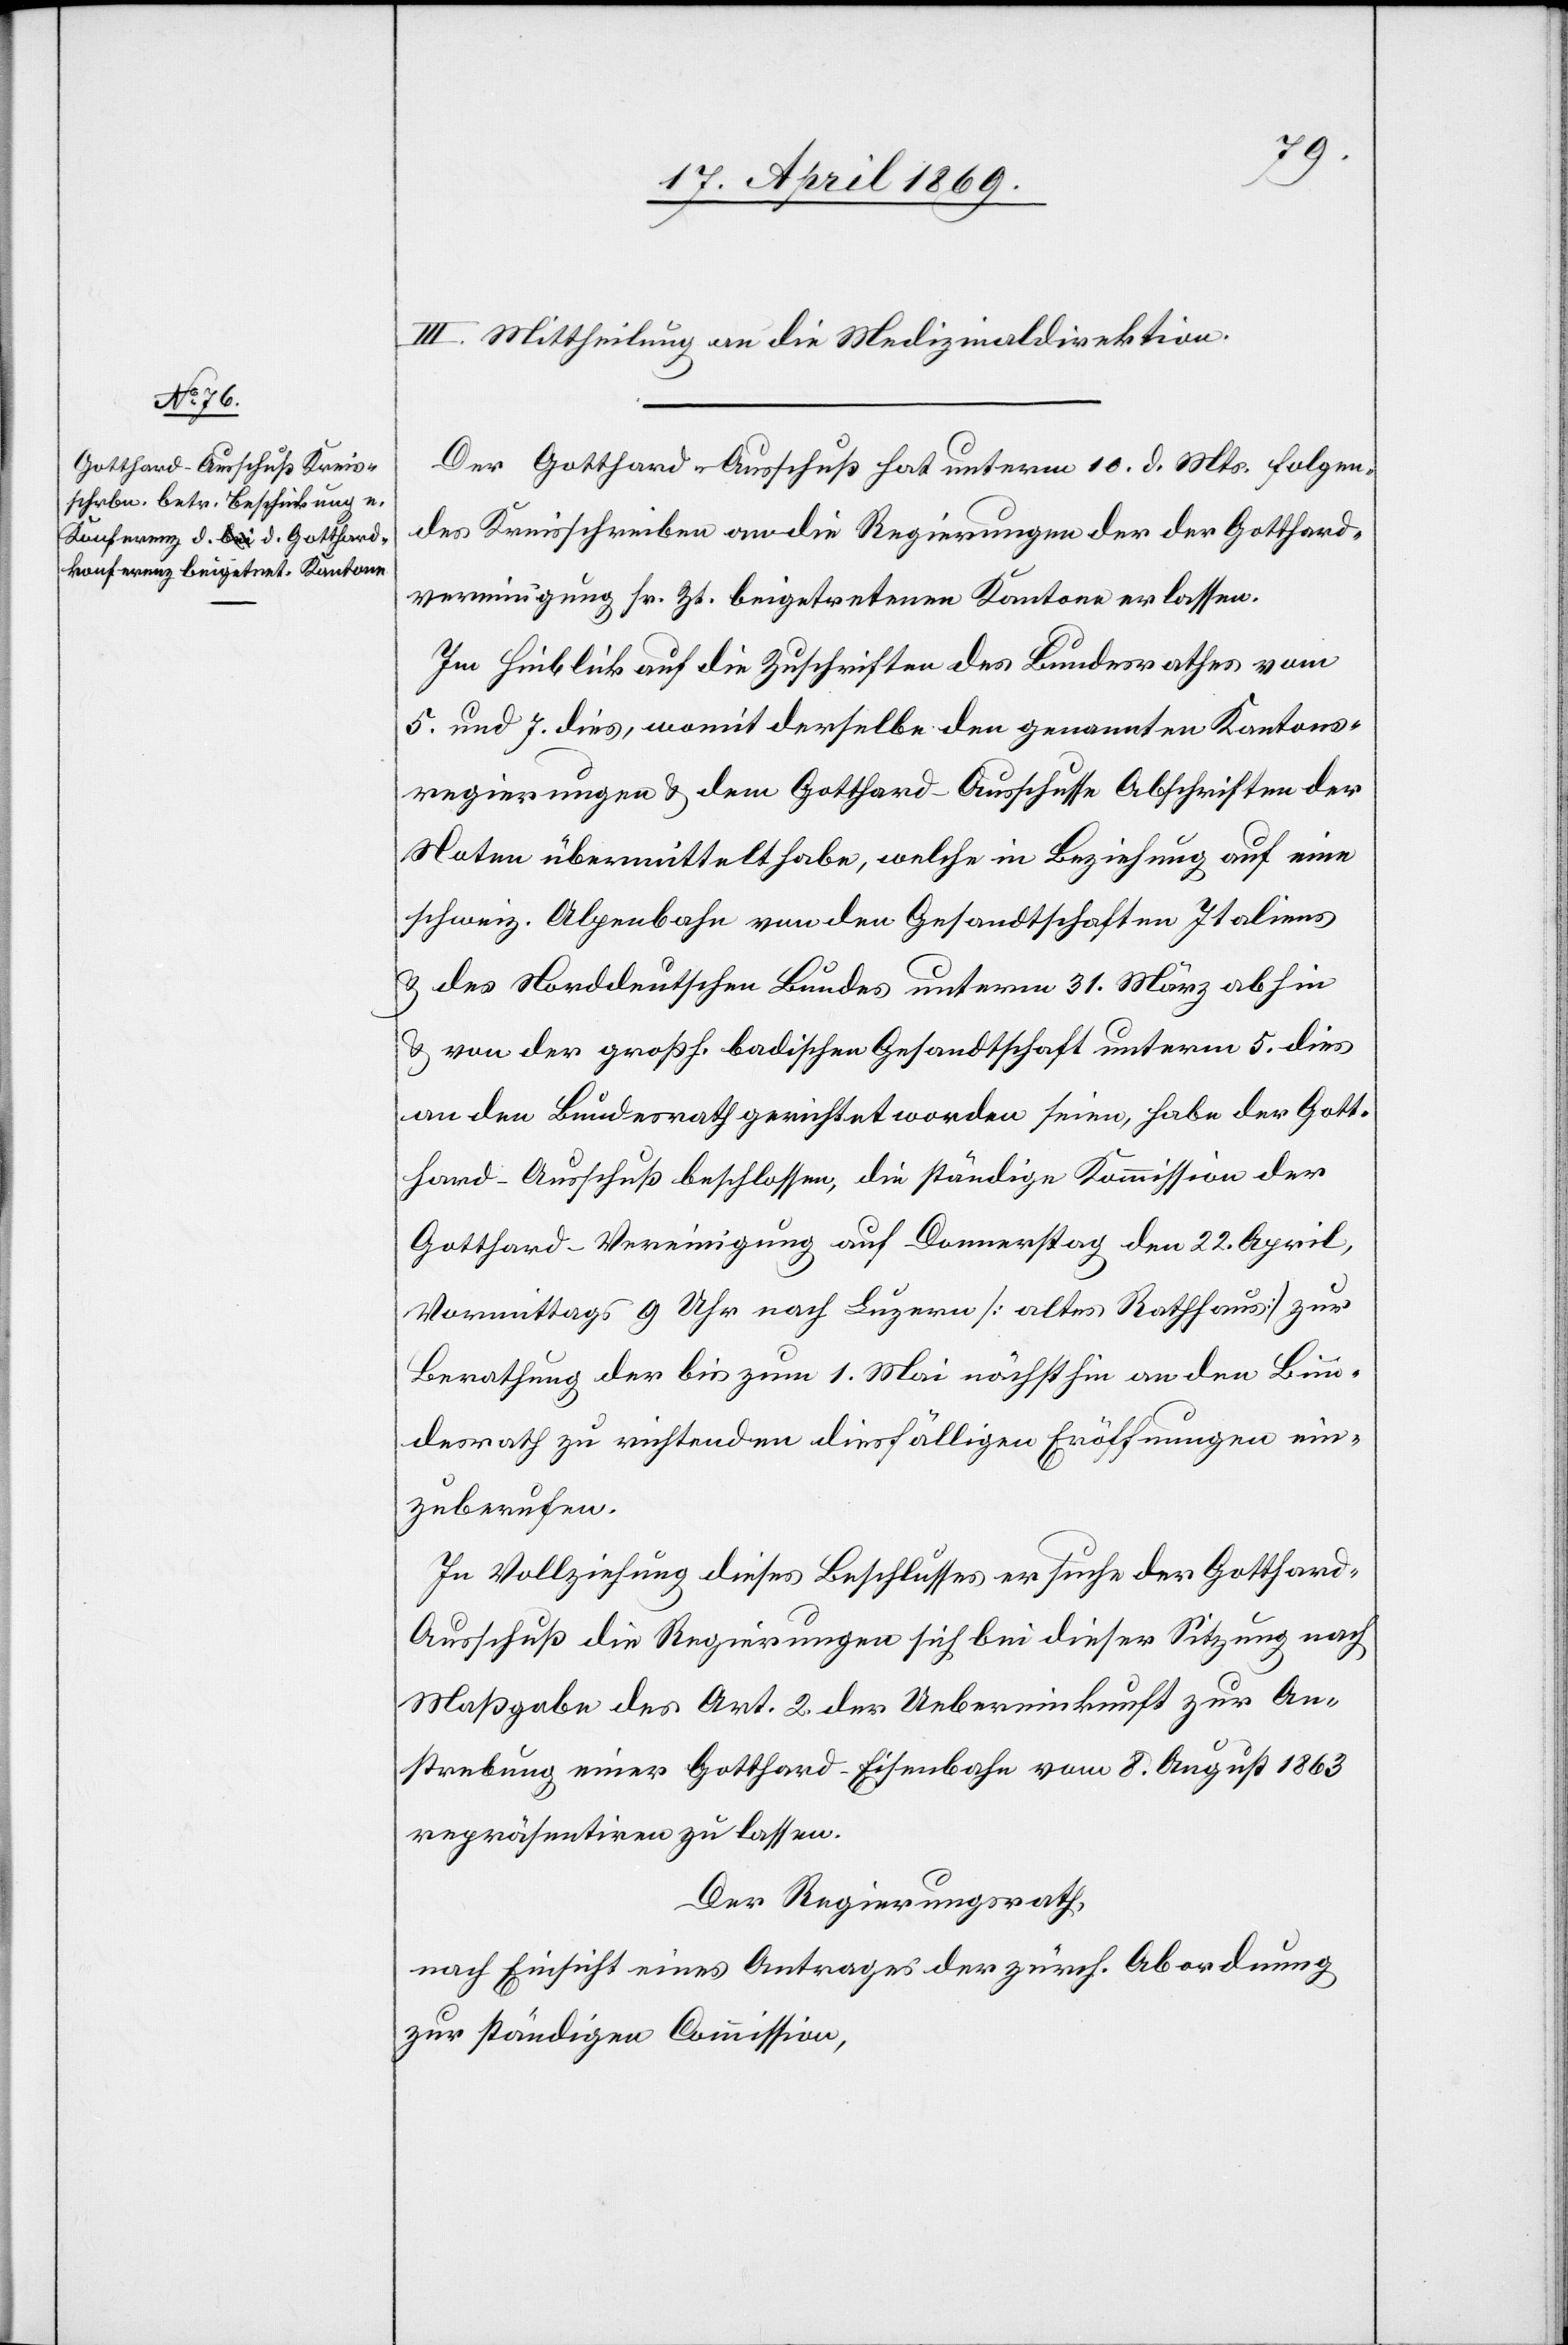
III. Mittheilung an die Medizinaldirektion.
Der Gotthard-Ausschuß hat unterm 10. d. Mts. folgen¬
des Kreisschreiben an die Regierungen der der Gotthard¬
vereinigung sr. Zt. beigetretenen Kantone zu erlassen.
Im Hinblick auf die Zuschriften des Bundesrathes vom
5. u. 7. dies, womit derselbe den genannten Kantons¬
regierungen u. dem Gotthard-Ausschuß Abschriften der
Noten übermittelt habe, welche in Beziehung auf eine
schweiz. Alpenbahn von den Gesandtschaften Italiens
u. des Norddeutschen Bundes unterm 31. März abhin
u. von der großh. badischen Gesandtschaft unterm 5. dies
an den Bundesrath gerichtet worden seien, habe der Gott¬
hard-Ausschuß beschlossen, die ständige Kommission der
Gotthard-Vereinigung auf Donnerstag den 22. April,
vormittags 9 Uhr nach Luzern [altes Rathhaus] zur
Berathung der bis zum 1. Mai nächsthin an den Bun¬
desrath zu richtenden diesfälligen Eröffnungen ein¬
zuberufen.
In Vollziehung dieses Beschlusses ersuche der Gotthar¬
d-Ausschuß die Regierungen sich bei dieser Sitzung nach
Maßgabe des Art. 2 der Uebereinkunft zur An¬
strebung einer Gotthard-Eisenbahn vom 8. August 1863
repräsentiren zu lassen.
Der Regierungsrath,
nach Einsicht eines Antrages der zürch. Abordnung
zur ständigen Commission,